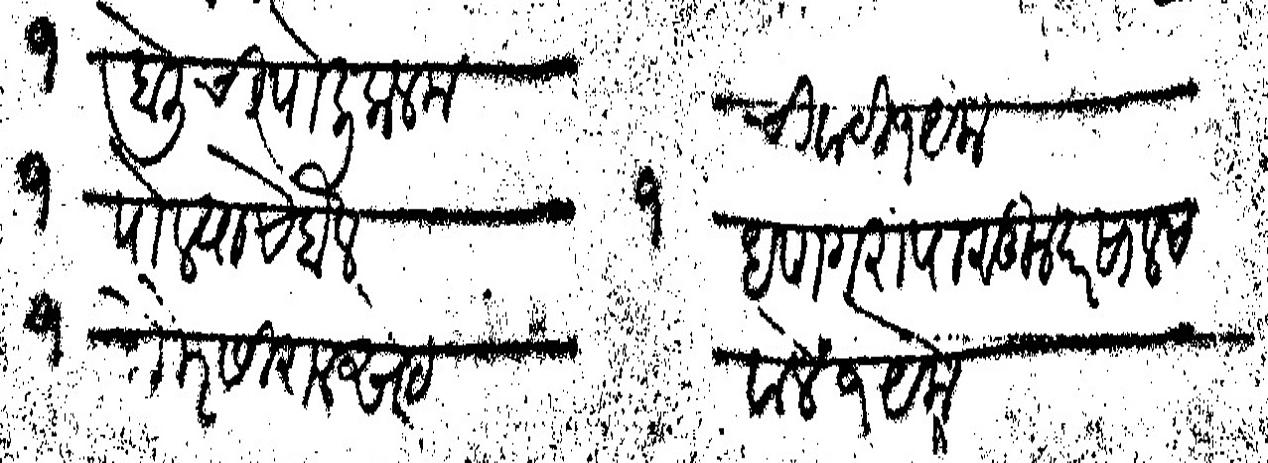
Transliteration (Devanagari): १ होलीची पोली कलम		ची वाटी १ येक १ पोल्याचे बैल			१ धणगरापासोन दरसाल च गौर सिरालसेट			वालें १ येक